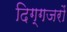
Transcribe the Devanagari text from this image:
दिग्गजरों